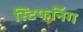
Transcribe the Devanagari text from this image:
स्टिफनिंग